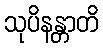
သုပိနန္တာတိ